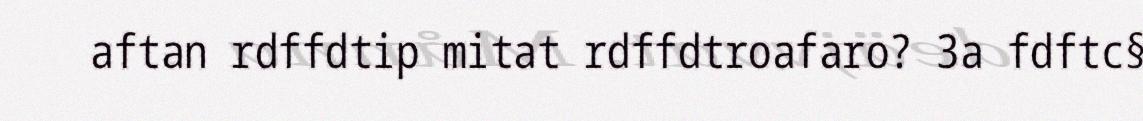
aftan rdffdtip mitat rdffdtroafaro? 3a fdftc§